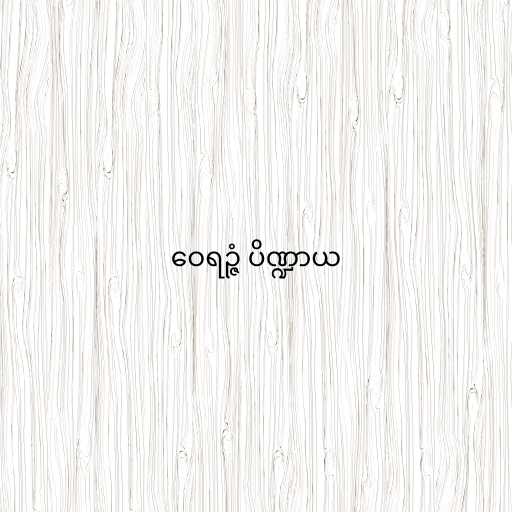
ဝေရဉ္ဇံ ပိဏ္ဍာယ